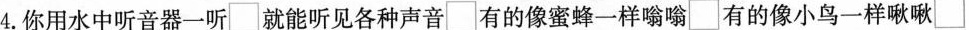
4.你用水中听音器一听\Box 就能听见各种声音\Box 有的像蜜蜂一样嗡嗡\Box 有的像小鸟一样啾啾\Box